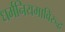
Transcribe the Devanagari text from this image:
धर्मनियमाविरुद्ध